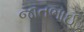
જાતભાઈ